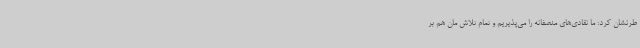
طرنشان کرد: ما نقادی‌های منصفانه را می‌پذیریم و تمام تلاش مان هم بر